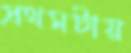
প্রথমটায়